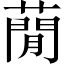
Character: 蕑